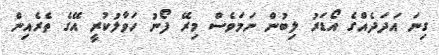
ގިނަ އަދަދެއްގެ އޯޑަރު ލިބުން ނަމަވެސް މިރޭ ފޯނު ހަވާލުކުރީ އޭގެ ތެރެއިން